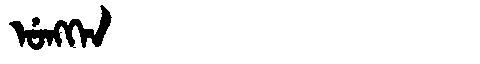
Manchu: ᡠᠩᡴᡝᠨ
Romanization: UNGKEN